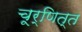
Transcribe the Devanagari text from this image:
चूर्णित्त